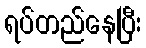
ရပ်တည်နေပြီး